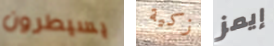
يسيطرون زكية إيمز